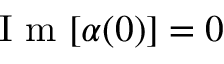
\textrm { I m } [ \alpha ( 0 ) ] = 0